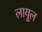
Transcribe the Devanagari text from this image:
लायूल